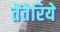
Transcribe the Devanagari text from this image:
तेंतेरिये